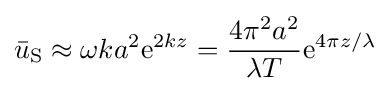
{\bar {u}}_{\text{S}}\approx \omega ka^{2}{\text{e}}^{2kz}={\frac {4\pi ^{2}a^{2}}{\lambda T}}{\text{e}}^{4\pi z/\lambda }